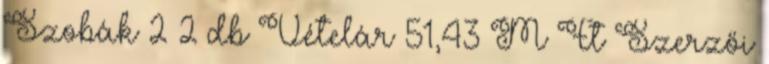
Szobák 2 2 db Vételár 51,43 M Ft Szerzői